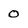
Character: 0